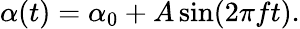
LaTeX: \alpha(t)=\alpha_{0}+A\sin(2\pi ft).